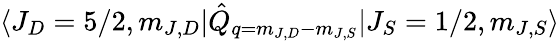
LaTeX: \langle J_{D}=5/2,m_{J,D}\rvert\hat{Q}_{q=m_{J,D}-m_{J,S}}\lvert J_{S}=1/2,m_{J,S}\rangle